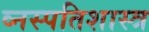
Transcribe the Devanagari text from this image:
व्नस्पतिशास्त्र